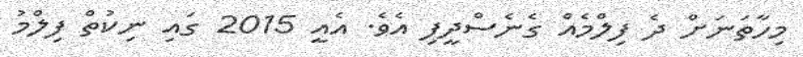
މިހާތަނަށް ދެ ފިލްމެއް ގެނެސްދީފި އެވެ. އެއީ 2015 ގައި ނިކުތް ފިލްމު